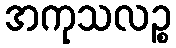
အကုသလဉ္စ